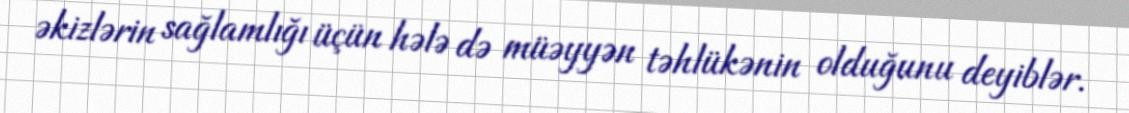
əkizlərin sağlamlığı üçün hələ də müəyyən təhlükənin olduğunu deyiblər.